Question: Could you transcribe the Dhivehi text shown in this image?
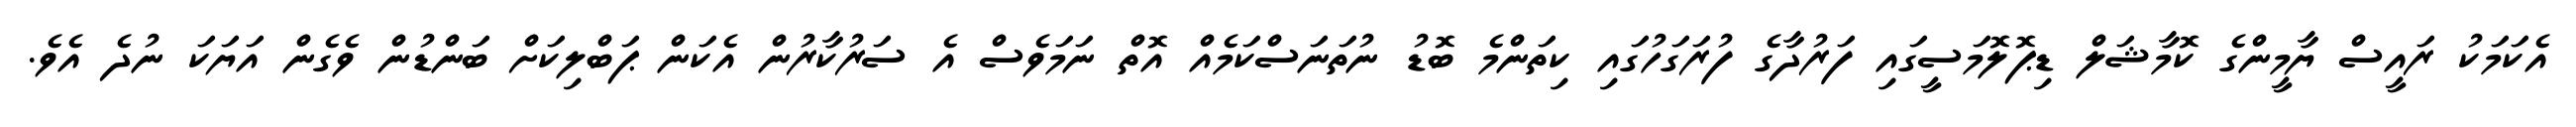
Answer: އެކަމަކު ރައީސް ޔާމީންގެ ކޮމާޝަލް ޑިޕޮލޮމަސީގައި ފަރުދާގެ ފުރަގަހުގައި ކިތަންމެ ބޮޑު ނުތަނަސްކަމެއް އޮތް ނަމަވެސް އެ ސަރުކާރުން އެކަން ޕަބްލިކަށް ބަންޑުން ވެގެން އަޔަކަ ނުދެ އެވެ.